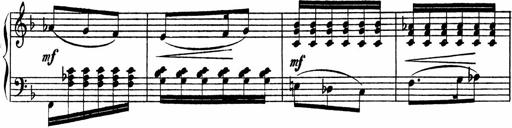
Title: Piano Sonata
Composer: Karl HÃ¤ssler
Key: C major